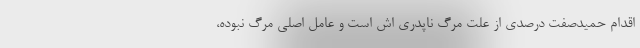
اقدام حمیدصفت درصدی از علت مرگ ناپدری اش است و عامل اصلی مرگ نبوده،